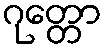
ဂုတ္တော